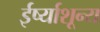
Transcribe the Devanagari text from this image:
ईर्ष्याशून्य